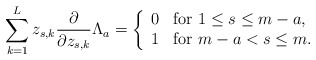
\begin{align*} \sum _{k=1}^L z_{s,k} \frac{\partial}{\partial z_{s,k}} \Lambda _a = \left\{ \begin{array}{ll} 0 & \mbox{for $ 1 \leq s \leq m-a $,} \\ 1 & \mbox{for $ m-a < s \leq m $.} \end{array} \right.\end{align*}